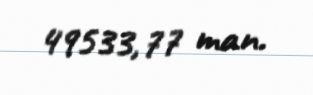
49533,77 man.